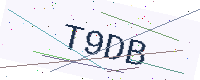
Text: T9DB